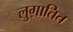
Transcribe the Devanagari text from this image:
लुग़ातित